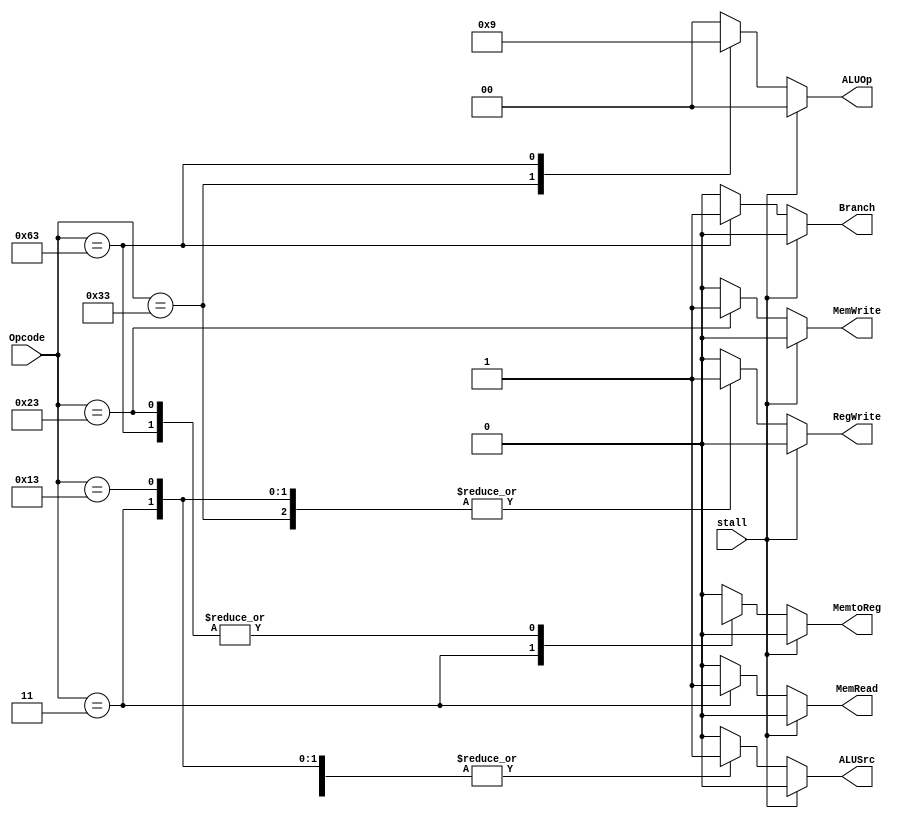
`timescale 1ns / 1ps
//////////////////////////////////////////////////////////////////////////////////
// Company: 
// Engineer: 
// 
// Design Name: 
// Module Name: Control_Unit
// Project Name: 
// Target Devices: 
// Tool Versions: 
// Description: 
// 
// Dependencies: 
// 
// Revision:
// Revision 0.01 - File Created
// Additional Comments:
// 
//////////////////////////////////////////////////////////////////////////////////


module Control_Unit(
    input stall,
    input [6:0] Opcode,
    output reg [1:0] ALUOp,
    output reg Branch,
    output reg MemRead,
    output reg MemtoReg,
    output reg MemWrite,
    output reg ALUSrc,
    output reg RegWrite
    );

always @(*) begin
    case(Opcode)
        7'b0110011: begin //R-Format Instruction
            Branch = 1'b0; MemRead = 1'b0; MemtoReg = 1'b0; ALUOp = 2'b10;
            MemWrite = 1'b0; ALUSrc = 1'b0; RegWrite = 1'b1;
        end
        7'b0000011: begin //I-Format Instruction(ld)
            Branch = 1'b0; MemRead = 1'b1; MemtoReg = 1'b1; ALUOp = 2'b00;
            MemWrite = 1'b0; ALUSrc = 1'b1; RegWrite = 1'b1;
        end
        7'b0010011: begin //I-Type Instruction (addi)
            Branch = 1'b0; MemRead = 1'b0; MemtoReg = 1'b0; ALUOp = 2'b00;
            MemWrite = 1'b0; ALUSrc = 1'b1; RegWrite = 1'b1;
        end
        7'b0100011: begin //S-Type Instruction(sd)
            Branch = 1'b0; MemRead = 1'b0; MemtoReg = 1'bx; ALUOp = 2'b00;
            MemWrite = 1'b1; ALUSrc = 1'b1; RegWrite = 1'b0;
        end
        7'b1100011: begin //SB-Type Instruction(beq)
            Branch = 1'b1; MemRead = 1'b0; MemtoReg = 1'bx; ALUOp = 2'b01;
            MemWrite = 1'b0; ALUSrc = 1'b0; RegWrite = 1'b0;
        end
        default: begin //Default Condition
            Branch = 1'b0; MemRead = 1'b0; MemtoReg = 1'b0; ALUOp = 2'b00;
            MemWrite = 1'b0; ALUSrc = 1'b0; RegWrite = 1'b0;
        end
    endcase 
    if (stall == 1'b1) begin
        Branch = 1'b0; MemRead = 1'b0; MemtoReg = 1'b0; ALUOp = 2'b00;
        MemWrite = 1'b0; ALUSrc = 1'b0; RegWrite = 1'b0;
    end
end
endmodule